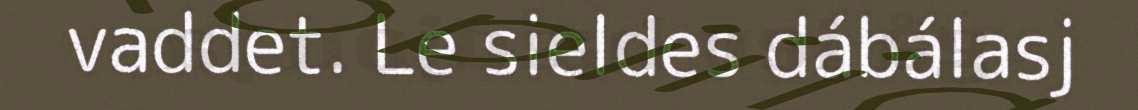
vaddet. Le sieldes dábálasj